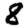
Digit: 8